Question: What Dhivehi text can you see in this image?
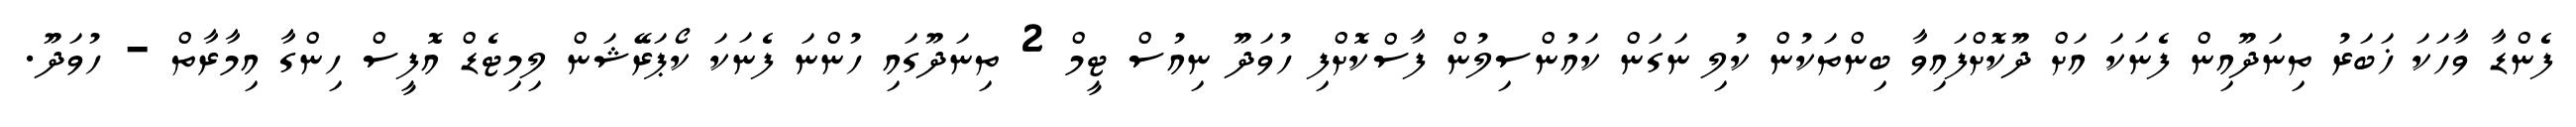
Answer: ފެންޑާ ވާހަކަ ޚަބަރު ތިނަދޫއިން ފެނަކަ އަށް ދޫކޮށްފައިވާ ބިންތަކުން ކުލި ނަގަން ކައުންސިލުން ފާސްކޮށްފި ހުވަދޫ ނިއުސް ޓީމް 2 ތިނަދޫގައި ހުންނަ ފެނަކަ ކޯޕަރޭޝަން ލިމިޓެޑް އޮފީސް ހިންގާ އިމާރާތް - ހުވަދޫ.